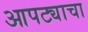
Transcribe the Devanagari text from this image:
आपट्याचा